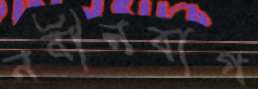
নবীনবাগ